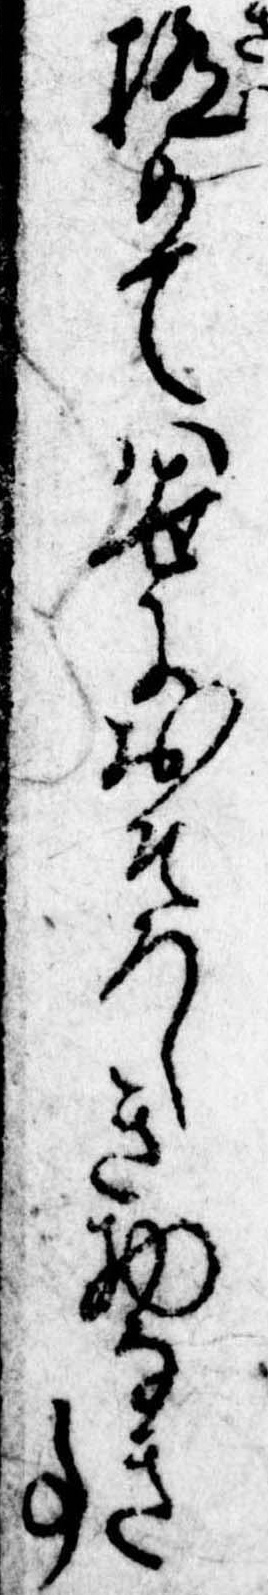
極めては世におそろしき物なき事